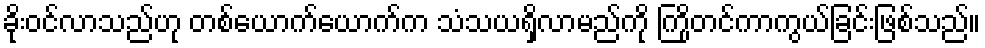
ခိုးဝင်လာသည်ဟု တစ်ယောက်ယောက်က သံသယရှိလာမည်ကို ကြိုတင်ကာကွယ်ခြင်းဖြစ်သည်။